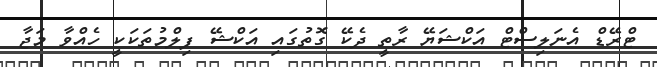
ޓްރޭޑް އެނަލިސްޓް އަކްޝަޔޭ ރާތީ ދެކޭ ގޮތުގައި އަކްޝޭ ފިލްމުތަކަކީ ހެއްވާ މަޖާ